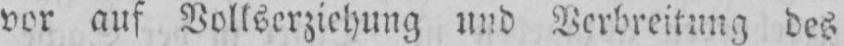
vor auf Volkserziehung und Verbreitung des